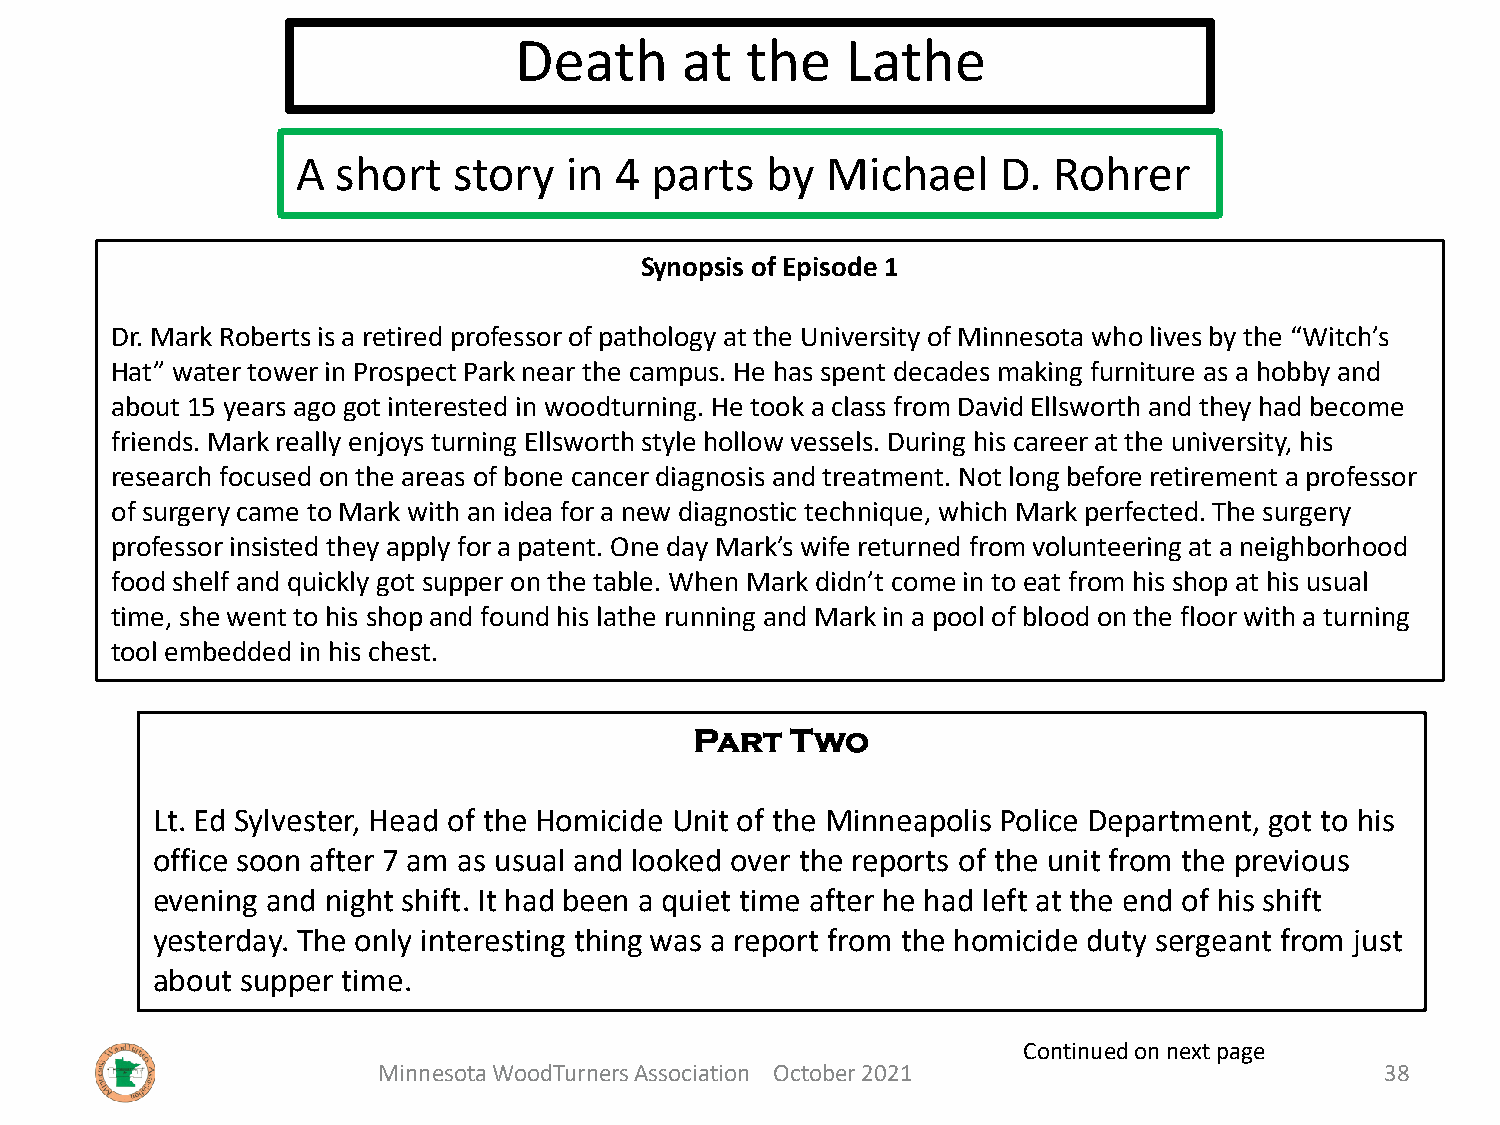
Death      at  the    Lathe
 A short   story  in  4 parts   by  Michael    D.  Rohrer
 Synopsis of Episode 1
 Dr. Mark Roberts is a retired professor of pathology at the University of Minnesota who lives by the “Witch’s
 Hat” water tower in Prospect Park near the campus. He has spent decades making furniture as a hobby and
 about 15 years ago got interested in woodturning. He took a class from David Ellsworth and they had become
 friends. Mark really enjoys turning Ellsworth style hollow vessels. During his career at the university, his
 research focused on the areas of bone cancer diagnosis and treatment. Not long before retirement a professor
 of surgery came to Mark with an idea for a new diagnostic technique, which Mark perfected. The surgery
 professor insisted they apply for a patent. One day Mark’s wife returned from volunteering at a neighborhood
 food shelf and quickly got supper on the table. When Mark didn’t come in to eat from his shop at his usual
 time, she went to his shop and found his lathe running and Mark in a pool of blood on the floor with a turning
 tool embedded in his chest.
 Part  Two
 Lt. Ed Sylvester, Head of the Homicide Unit of the Minneapolis Police Department, got to his
 office soon after 7 am as usual and looked over the reports of the unit from the previous
 evening and night shift. It had been a quiet time after he had left at the end of his shift
 yesterday. The only interesting thing was a report from the homicide duty sergeant from just
 about supper time.
 Continued on next page
 Minnesota WoodTurners Association October 2021                     38